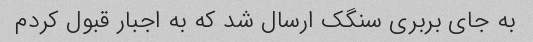
به جای بربری سنگک ارسال شد که به اجبار قبول کردم